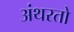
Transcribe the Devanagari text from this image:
अंथरतो